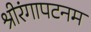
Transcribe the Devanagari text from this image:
श्रीरंगापटनम